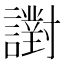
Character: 譵